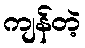
ကျန်တဲ့